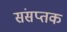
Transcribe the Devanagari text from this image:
संसप्तक